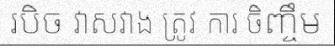
របិច វាសវាង ត្រូវ ការ ចិញ្ចឹម